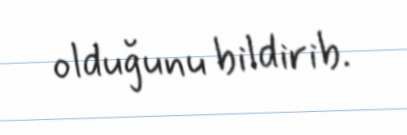
olduğunu bildirib.